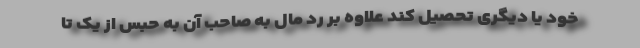
خود یا دیگری تحصیل کند علاوه بر رد مال به صاحب آن به حبس از یک تا